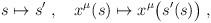
LaTeX: \begin{align*} s \mapsto s^\prime \; , \quad x^\mu (s) \mapsto x^\mu \big(s^\prime (s)\big) \; ,\end{align*}